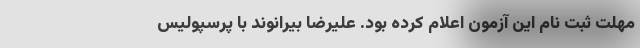
مهلت ثبت نام این آزمون اعلام کرده بود. علیرضا بیرانوند با پرسپولیس